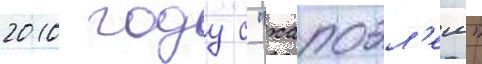
2010 году с "хапоэл'ем"